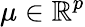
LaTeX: \mu\in\mathbb{R}^{p}